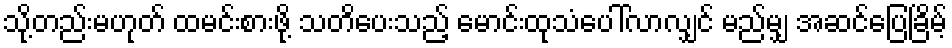
သို့တည်းမဟုတ် ထမင်းစားဖို့ သတိပေးသည့် မောင်းထုသံပေါ်လာလျှင် မည်မျှ အဆင်ပြေခြိမ့်